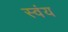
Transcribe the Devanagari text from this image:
स्‍वंय